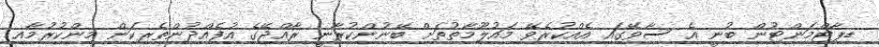
ޑޕާޓްމަންޓުން ބުނީ އެ ސާވޭގައި އެއްކުރެވޭ މައުލޫމާތުތަށް ބޭނުންކުރާނީ ރާއްޖޭގެ އުފެއްދުންތެރިކަން މިންކުރުމާއި